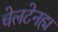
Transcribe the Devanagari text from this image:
चेलटेनह्म